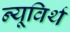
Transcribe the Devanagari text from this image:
न्यूविर्थ